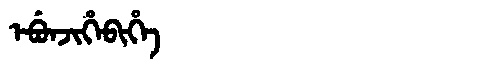
Manchu: ᡝᠪᡠᠨᠵᡳᡥᡝᠪᡳᡥᡝ
Romanization: EBUNJIHEBIHE